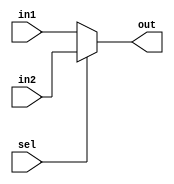
module mux2x1(in1,in2,sel,out);
input [15:0] in1,in2;
output reg [15:0] out;
input sel;

always @(*) begin
if(sel==1'b0) out=in1;
else out=in2;
end
endmodule